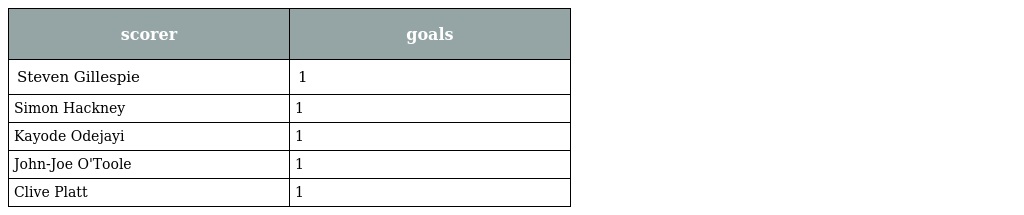
| scorer | goals |
 | --- | --- |
 | Steven Gillespie | 1 |
 | Simon Hackney | 1 |
 | Kayode Odejayi | 1 |
 | John-Joe O'Toole | 1 |
 | Clive Platt | 1 |